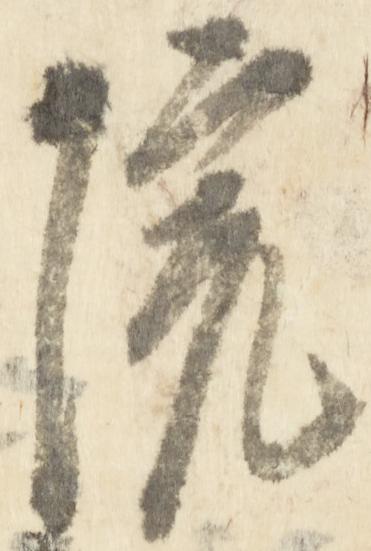
院